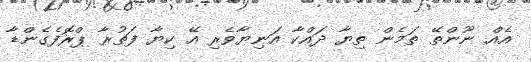
އެއް ނޫންތޭ ތަމެން ތިޔާ ދައްކާ އަނިޔާވެރި އޭ ކިޔާ ފަތުރާ ޕްރޮފެގެންޑާ